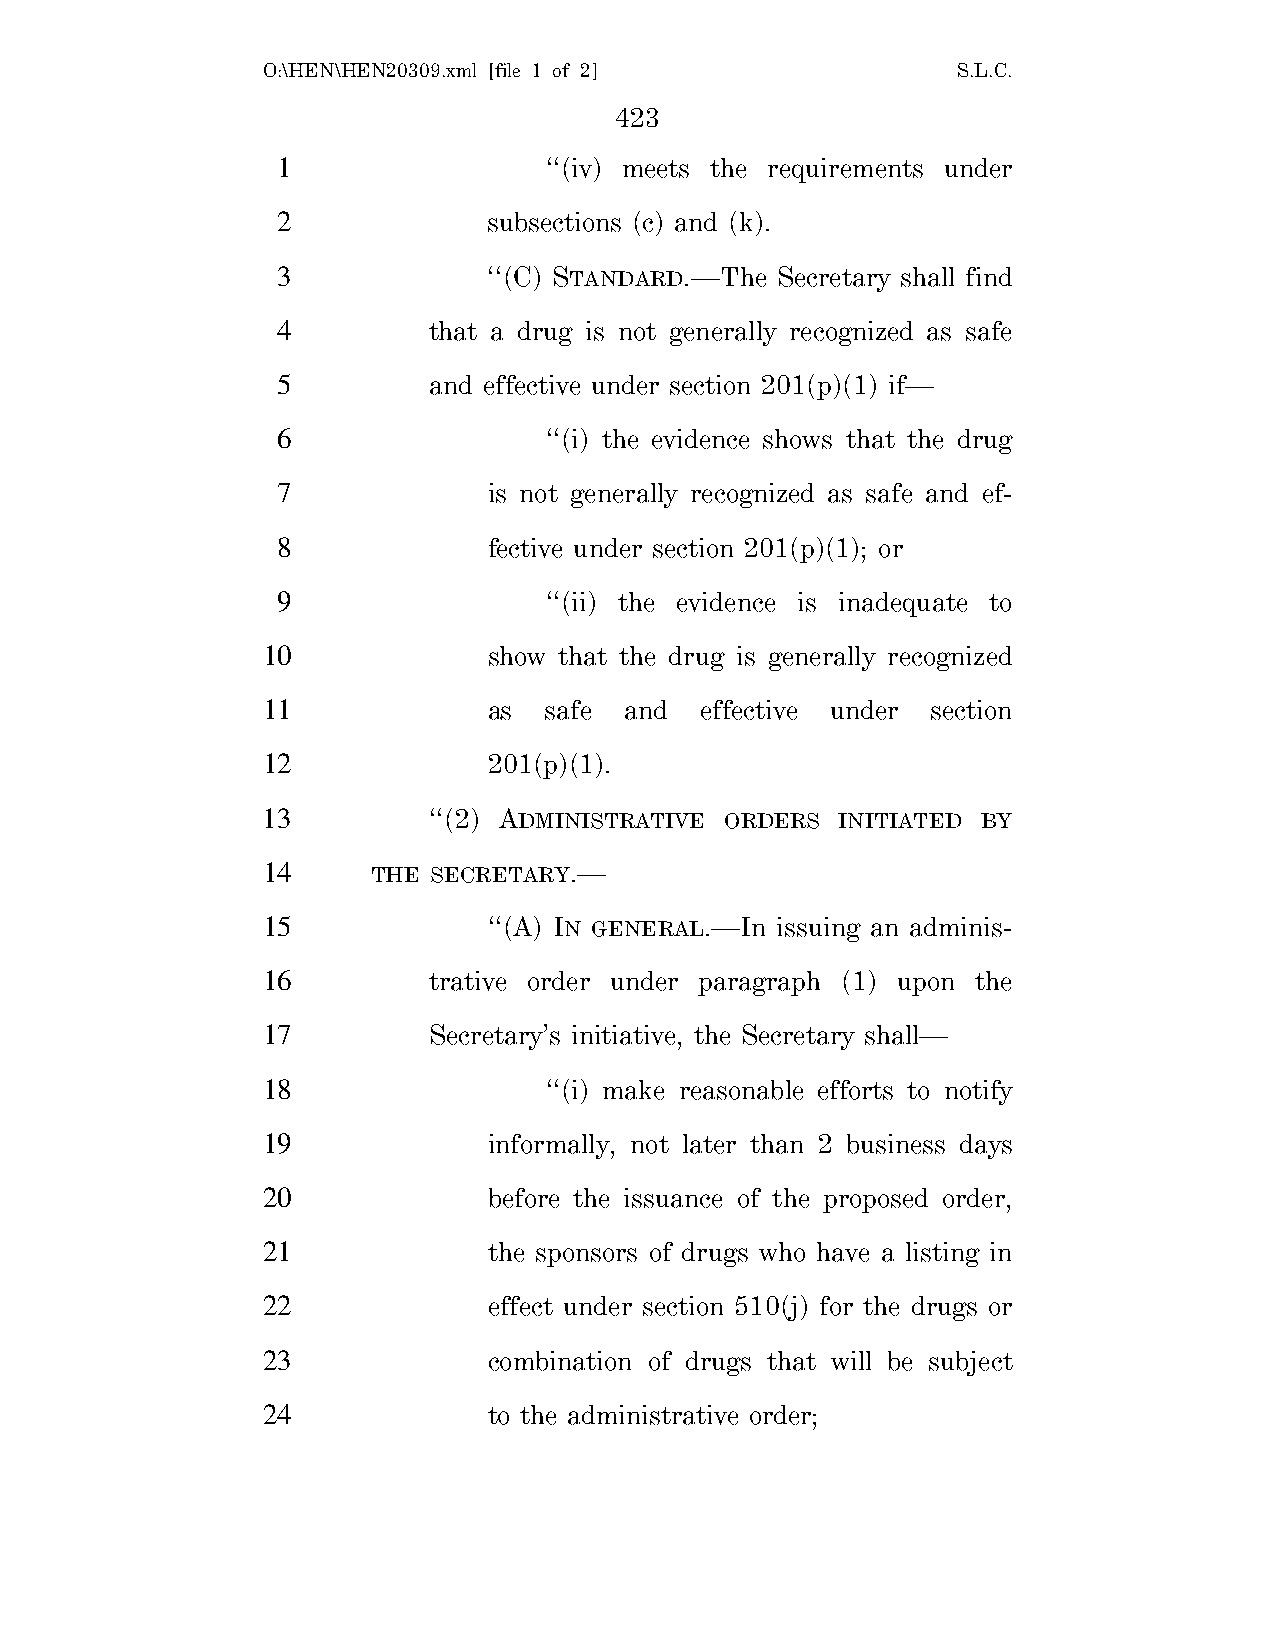
O:\HEN\HEN20309.xml [file 1 of 2]             S.L.C.
 423
 1                 ‘‘(iv) meets the requirements under
 2             subsections (c) and (k).
 3             ‘‘(C) STANDARD.—The Secretary shall find
 4         that a drug is not generally recognized as safe
 5         and effective under section 201(p)(1) if—
 6                 ‘‘(i) the evidence shows that the drug
 7             is not generally recognized as safe and ef-
 8             fective under section 201(p)(1); or
 9                 ‘‘(ii) the evidence is inadequate to
 10             show that the drug is generally recognized
 11             as  safe and  effective under section
 12             201(p)(1).
 13         ‘‘(2) ADMINISTRATIVE ORDERS INITIATED BY
 14      THE SECRETARY.—
 15             ‘‘(A) IN GENERAL.—In issuing an adminis-
 16         trative order under paragraph (1) upon the
 17         Secretary’s initiative, the Secretary shall—
 18                 ‘‘(i) make reasonable efforts to notify
 19             informally, not later than 2 business days
 20             before the issuance of the proposed order,
 21             the sponsors of drugs who have a listing in
 22             effect under section 510(j) for the drugs or
 23             combination of drugs that will be subject
 24             to the administrative order;